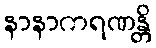
နာနာကရဏန္တိ